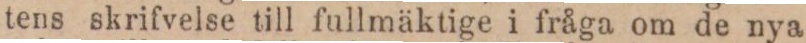
tens skrifvelse till fullmäktige i fråga om de nya